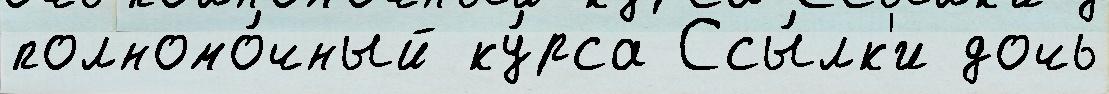
полномо́чный ку́рса Ссы́лк'и дочь